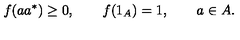
f ( a a ^ { * } ) \geq 0 , \qquad f ( 1 _ { A } ) = 1 , \qquad a \in A .